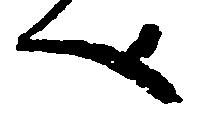
へ